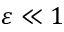
\varepsilon \ll 1